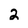
Character: 2